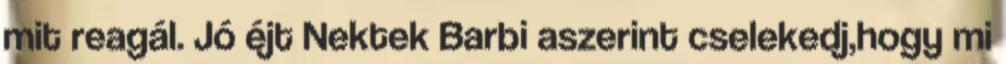
mit reagál. Jó éjt Nektek Barbi aszerint cselekedj,hogy mi